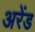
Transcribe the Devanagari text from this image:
अरेंड